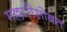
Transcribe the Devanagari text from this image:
मल्लारीसोबत